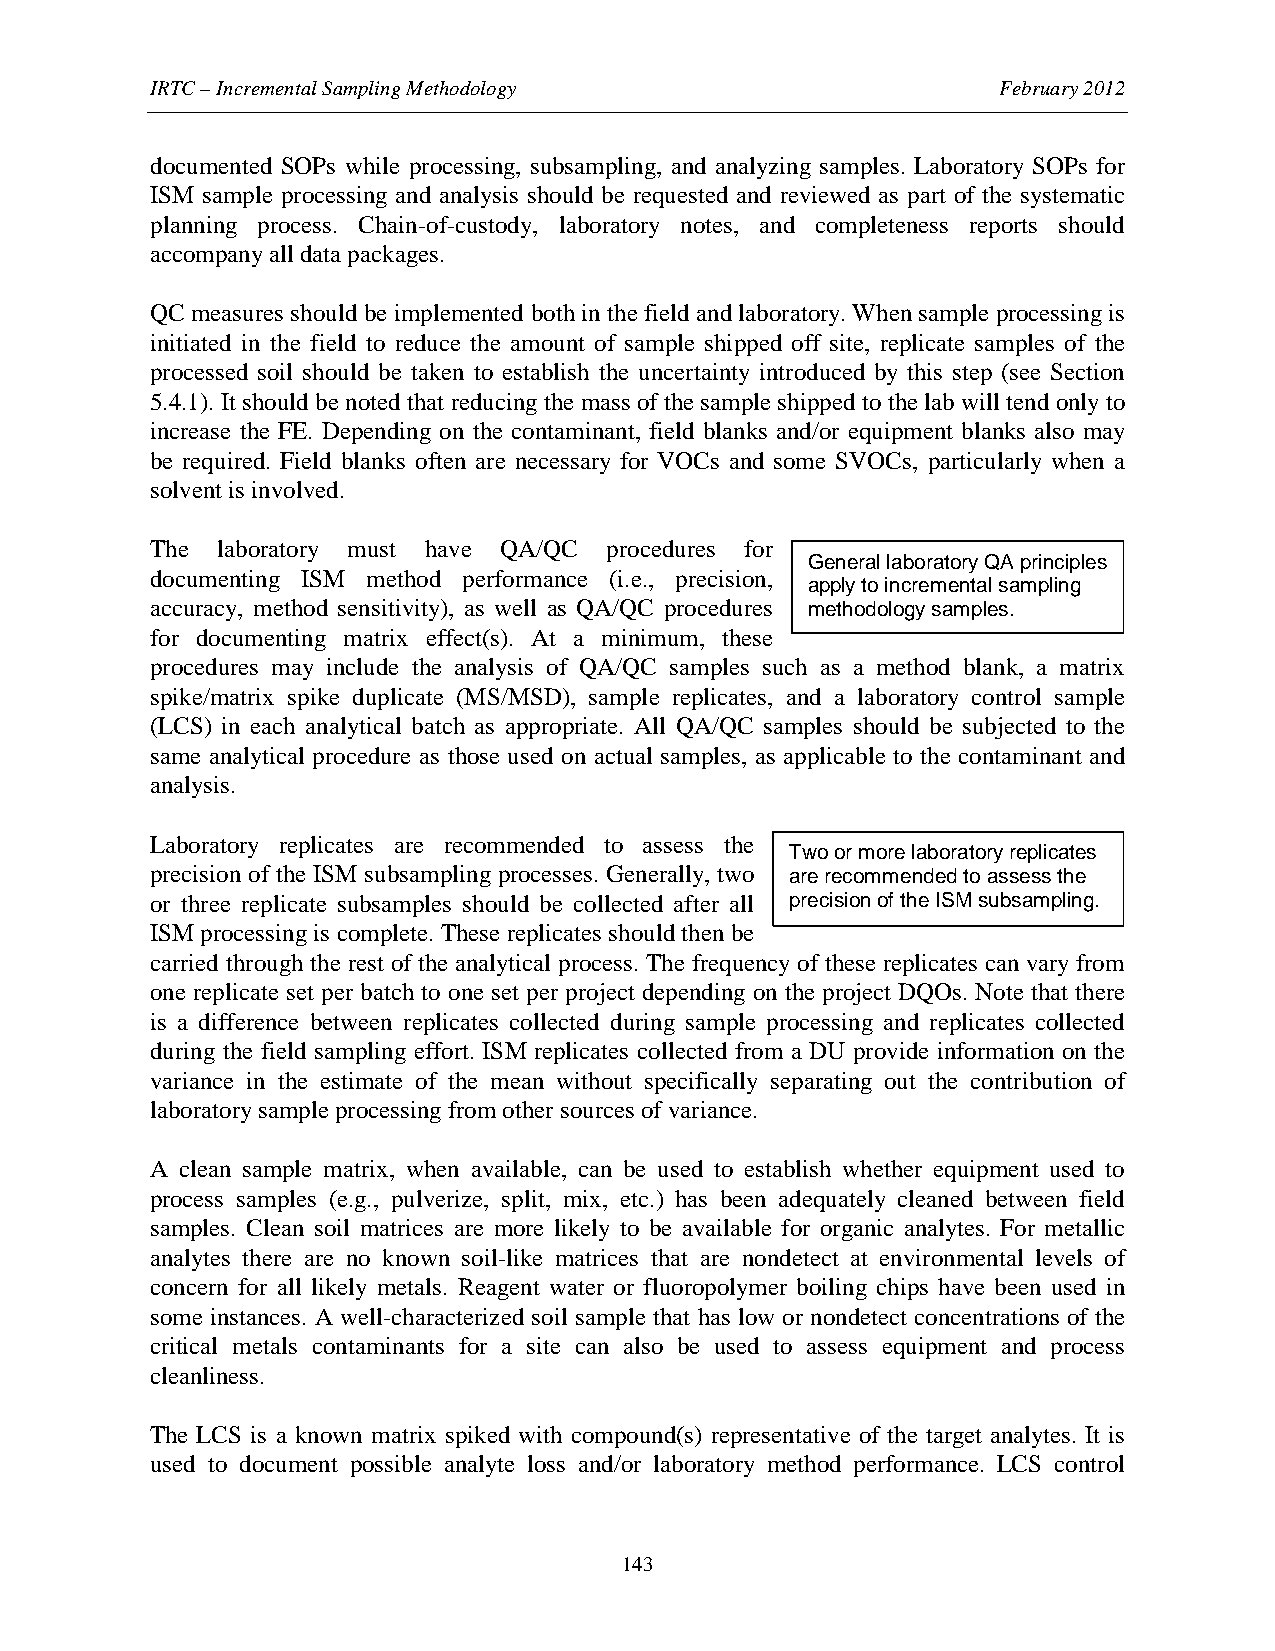
IRTC – Incremental Sampling Methodology                 February 2012
 documented SOPs while processing, subsampling, and analyzing samples. Laboratory SOPs for
 ISM sample processing and analysis should be requested and reviewed as part of the systematic
 planning process. Chain-of-custody, laboratory notes, and completeness reports should
 accompany all data packages.
 QC measures should be implemented both in the field and laboratory. When sample processing is
 initiated in the field to reduce the amount of sample shipped off site, replicate samples of the
 processed soil should be taken to establish the uncertainty introduced by this step (see Section
 5.4.1). It should be noted that reducing the mass of the sample shipped to the lab will tend only to
 increase the FE. Depending on the contaminant, field blanks and/or equipment blanks also may
 be required. Field blanks often are necessary for VOCs and some SVOCs, particularly when a
 solvent is involved.
 The laboratory must have QA/QC procedures for
 General laboratory QA principles
 documenting ISM method performance (i.e., precision,
 apply to incremental sampling
 accuracy, method sensitivity), as well as QA/QC procedures methodology samples.
 for documenting matrix effect(s). At a minimum, these
 procedures may include the analysis of QA/QC samples such as a method blank, a matrix
 spike/matrix spike duplicate (MS/MSD), sample replicates, and a laboratory control sample
 (LCS) in each analytical batch as appropriate. All QA/QC samples should be subjected to the
 same analytical procedure as those used on actual samples, as applicable to the contaminant and
 analysis.
 Laboratory replicates are recommended to assess the
 Two or more laboratory replicates
 precision of the ISM subsampling processes. Generally, two are recommended to assess the
 or three replicate subsamples should be collected after all precision of the ISM subsampling.
 ISM processing is complete. These replicates should then be
 carried through the rest of the analytical process. The frequency of these replicates can vary from
 one replicate set per batch to one set per project depending on the project DQOs. Note that there
 is a difference between replicates collected during sample processing and replicates collected
 during the field sampling effort. ISM replicates collected from a DU provide information on the
 variance in the estimate of the mean without specifically separating out the contribution of
 laboratory sample processing from other sources of variance.
 A clean sample matrix, when available, can be used to establish whether equipment used to
 process samples (e.g., pulverize, split, mix, etc.) has been adequately cleaned between field
 samples. Clean soil matrices are more likely to be available for organic analytes. For metallic
 analytes there are no known soil-like matrices that are nondetect at environmental levels of
 concern for all likely metals. Reagent water or fluoropolymer boiling chips have been used in
 some instances. A well-characterized soil sample that has low or nondetect concentrations of the
 critical metals contaminants for a site can also be used to assess equipment and process
 cleanliness.
 The LCS is a known matrix spiked with compound(s) representative of the target analytes. It is
 used to document possible analyte loss and/or laboratory method performance. LCS control
 143